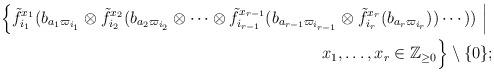
LaTeX: \begin{align*}\Big\{\tilde{f}_{i_1} ^{x_1} (b_{a_1 \varpi_{i_1}} \otimes \tilde{f}_{i_2} ^{x_2} (b_{a_2 \varpi_{i_2}} \otimes \cdots \otimes \tilde{f}_{i_{r-1}} ^{x_{r-1}} (b_{a_{r-1} \varpi_{i_{r-1}}} \otimes \tilde{f}_{i_r} ^{x_r} (b_{a_r \varpi_{i_r}}))\cdots))~\Big|~ \\{x_1,\dots,x_r \in \mathbb{Z}_{\ge 0}} \Big\} \setminus \{0\};\end{align*}